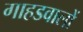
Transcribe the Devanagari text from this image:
गाहडवालों